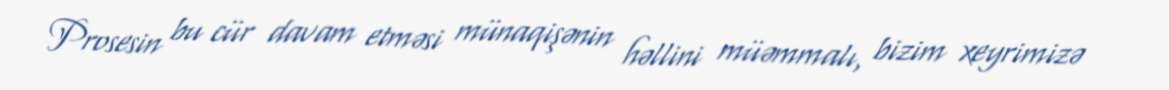
Prosesin bu cür davam etməsi münaqişənin həllini müəmmalı, bizim xeyrimizə